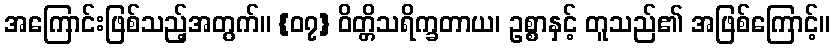
အကြောင်းဖြစ်သည့်အတွက်။ {၀၇} ဝိတ္တိသရိက္ခတာယ၊ ဥစ္စာနှင့် တူသည်၏ အဖြစ်ကြောင့်။